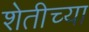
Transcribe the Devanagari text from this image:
शेतीच्‍या